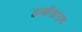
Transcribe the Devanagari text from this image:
हार्ब्लेडाउन